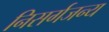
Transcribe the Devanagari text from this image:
निसर्गजन्य